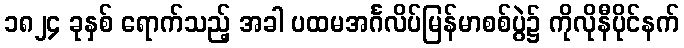
၁၈၂၄ ခုနှစ် ရောက်သည့် အခါ ပထမအင်္ဂလိပ်မြန်မာစစ်ပွဲ၌ ကိုလိုနီပိုင်နက်